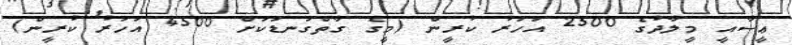
ޢީސާއީ މީލާދުގެ 2500 އަހަރު ކުރީން (މީގެ ގާތްގަނޑަކަށް 4500 އަހަރު ކުރީން)